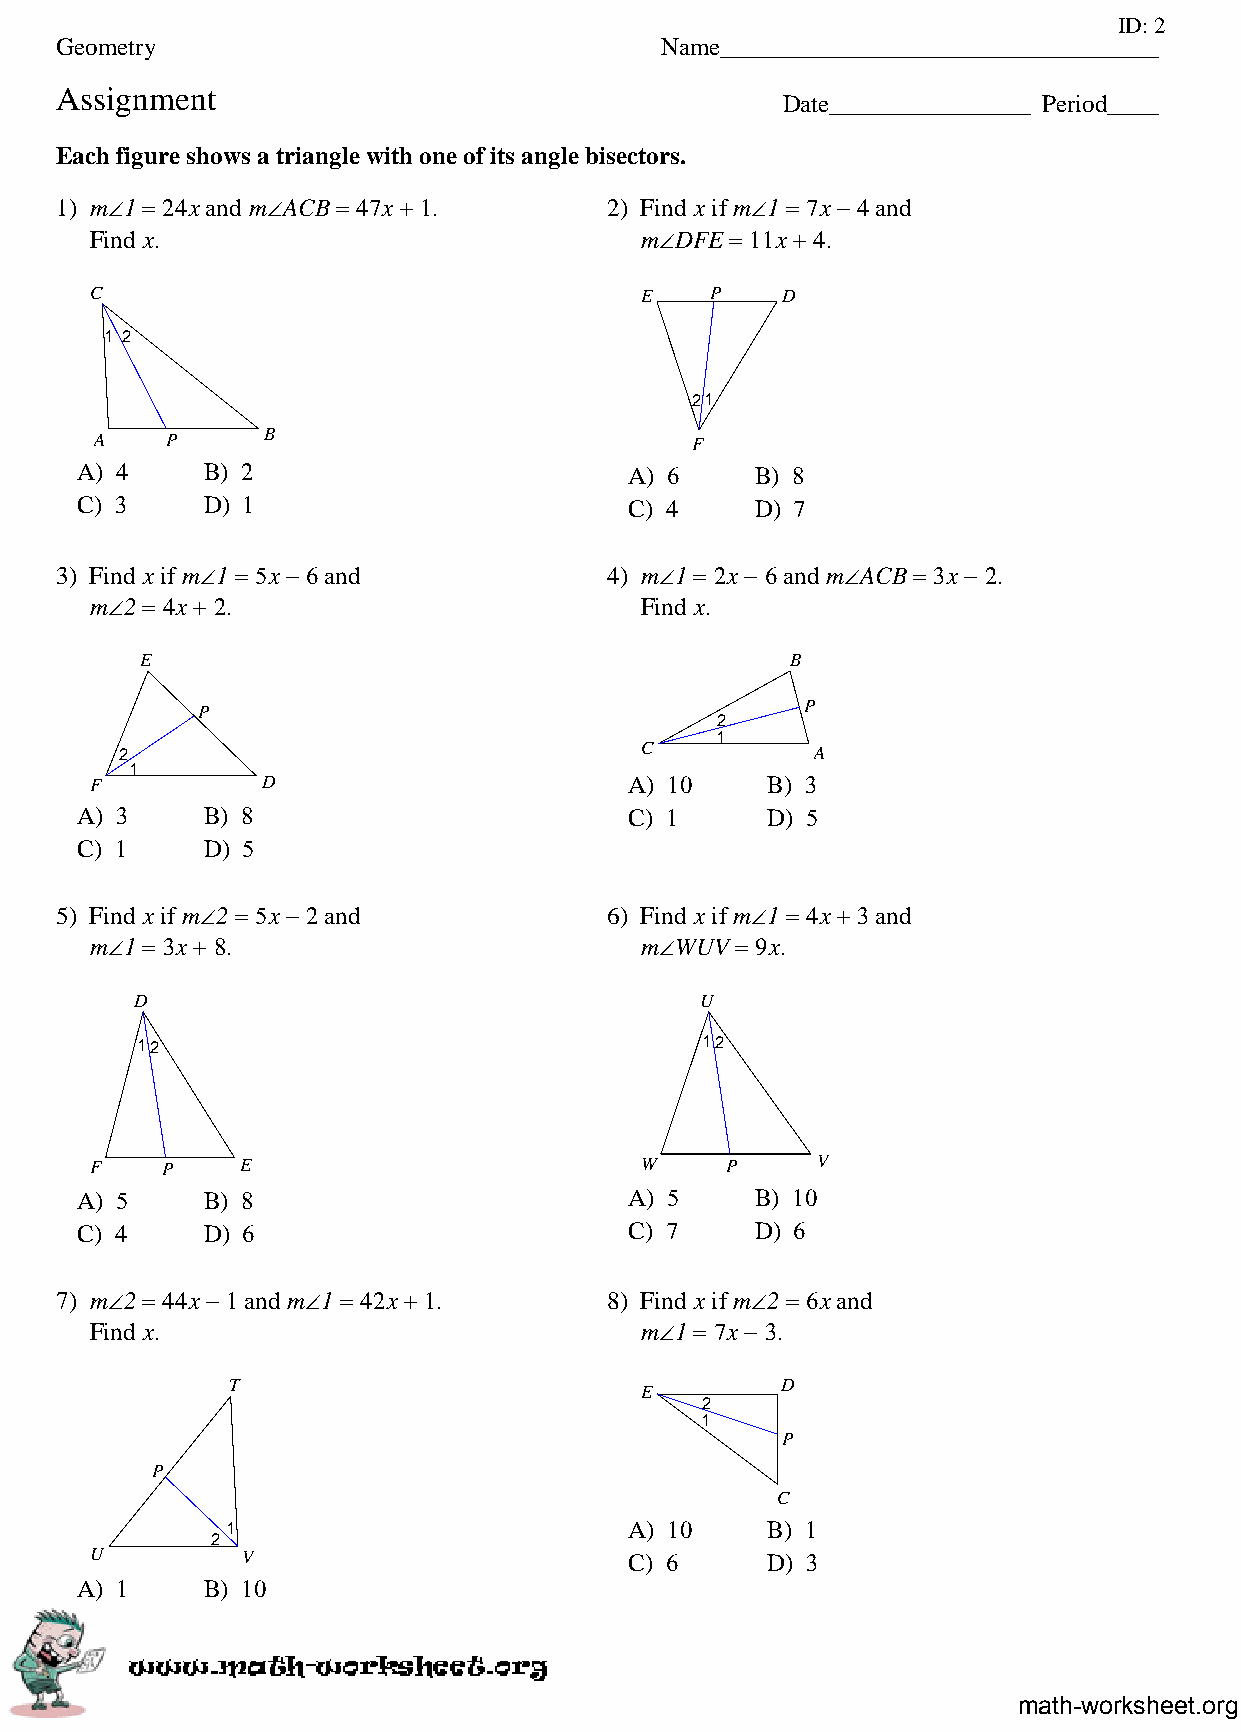
ID: 2
 Geometry                                Name___________________________________
 Assignment
 Date________________ Period____
 Each figure shows a triangle with one of its angle bisectors.
 1) m∠1 = 24x and m∠ACB = 47x + 1.   2) Find x if m∠1 = 7x − 4 and
 Find x.                             m∠DFE = 11x + 4.
 C                                   E    P    D
 1 2
 21
 A    P     B                            F
 A) 4    B) 2                         A) 6    B) 8
 C) 3    D) 1                         C) 4    D) 7
 3) Find x if m∠1 = 5x − 6 and       4) m∠1 = 2x − 6 and m∠ACB = 3x − 2.
 m∠2 = 4x + 2.                       Find x.
 E                                          B
 P                                       P
 2
 1
 2                                 C           A
 1
 F          D                        A) 10    B) 3
 A) 3    B) 8                         C) 1     D) 5
 C) 1    D) 5
 5) Find x if m∠2 = 5x − 2 and       6) Find x if m∠1 = 4x + 3 and
 m∠1 = 3x + 8.                       m∠WUV  = 9x.
 D                                    U
 12                                   12
 F    P    E                         W     P     V
 A) 5    B) 8                         A) 5    B) 10
 C) 4    D) 6                         C) 7    D) 6
 7) m∠2 = 44x − 1 and m∠1 = 42x + 1. 8) Find x if m∠2 = 6x and
 Find x.                             m∠1 = 7x − 3.
 T                                    D
 E
 2
 1
 P
 P
 C
 1                          A) 10    B) 1
 2
 U         V                         C) 6     D) 3
 A) 1    B) 10
 math-worksheet.org